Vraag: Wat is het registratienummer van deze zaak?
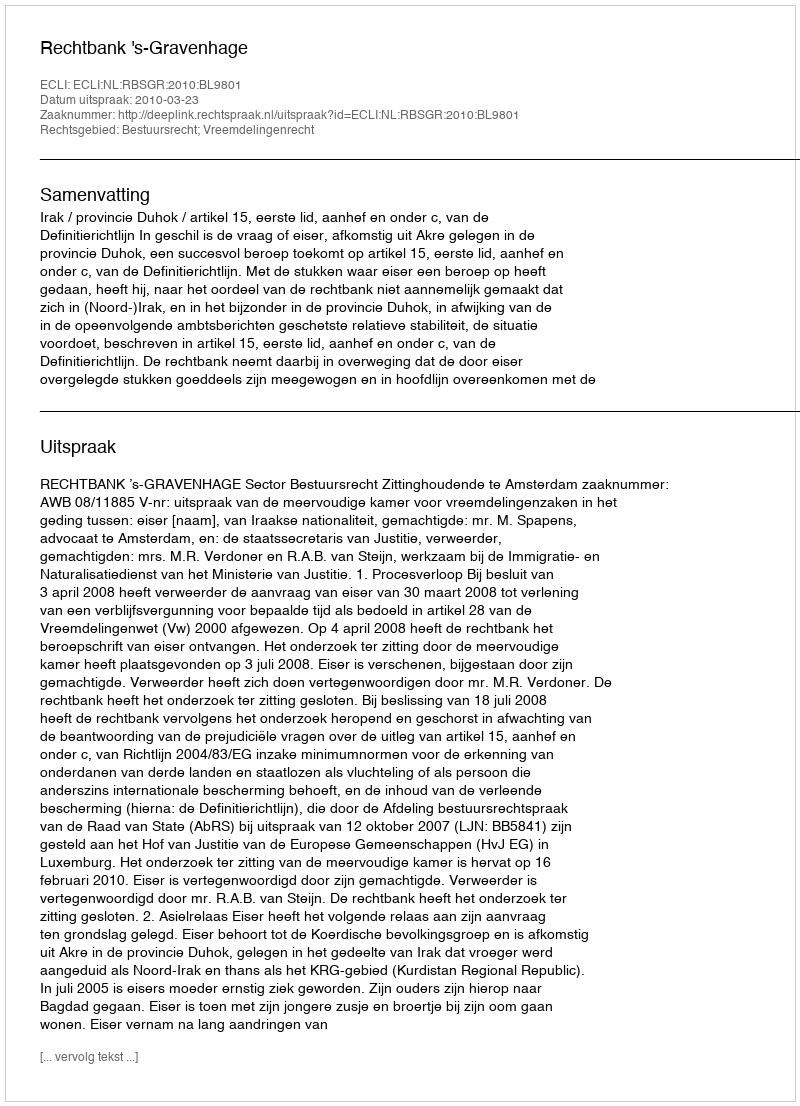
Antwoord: http://deeplink.rechtspraak.nl/uitspraak?id=ECLI:NL:RBSGR:2010:BL9801